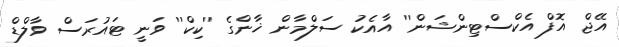
އޭޖް އޮފް އެކްސްޓިންޝަން'' އާއެކު ސަލްމާން ޚާންގެ ''ކިކް'' ވަނީ ޓައުރަސް ވާލްޑް